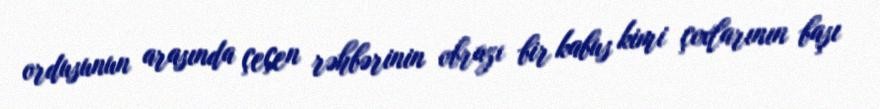
ordusunun arasında çeçen rəhbərinin obrazı bir kabus kimi çoxlarının başı